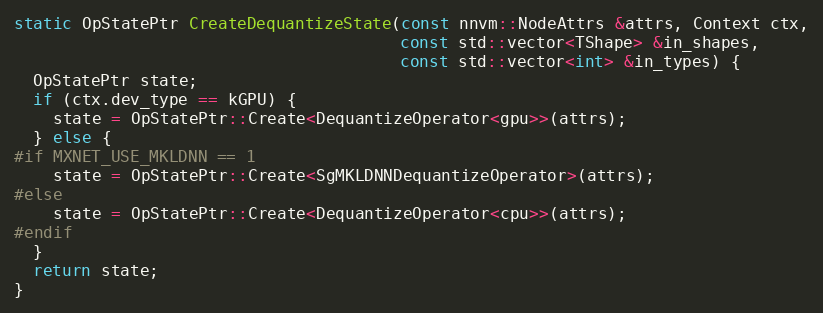
Language: C++
static OpStatePtr CreateDequantizeState(const nnvm::NodeAttrs &attrs, Context ctx,
                                        const std::vector<TShape> &in_shapes,
                                        const std::vector<int> &in_types) {
  OpStatePtr state;
  if (ctx.dev_type == kGPU) {
    state = OpStatePtr::Create<DequantizeOperator<gpu>>(attrs);
  } else {
#if MXNET_USE_MKLDNN == 1
    state = OpStatePtr::Create<SgMKLDNNDequantizeOperator>(attrs);
#else
    state = OpStatePtr::Create<DequantizeOperator<cpu>>(attrs);
#endif
  }
  return state;
}